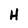
Character: H